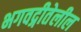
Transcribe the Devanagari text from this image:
भगवद्गीतेलील